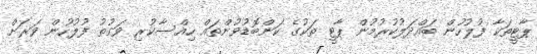
ޕާޓީތަކާ ފުލުހުން ބައްދަލުކުރުމުން ޕާޓީ ތަކުގެ ކަންބޮޑުވުންތައް ހިއްސާކުރި ވަގުތު ފުލުހުން ވަރަށް